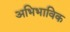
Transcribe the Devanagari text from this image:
अभिभाविक